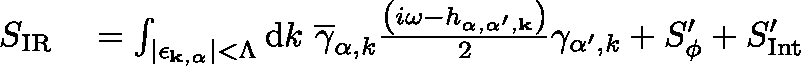
\begin{array} { r l } { S _ { \mathrm { { I R } } } } & { { } = \int _ { \left| \mathbf { \epsilon _ { { k } , \alpha } } \right| < \Lambda } \mathrm { d } { k } \ \overline { { \gamma } } _ { \alpha , { k } } \frac { \left( i \omega - h _ { \alpha , \alpha ^ { \prime } , \mathbf { k } } \right) } { 2 } \gamma _ { \alpha ^ { \prime } , { k } } + S _ { \phi } ^ { \prime } + S _ { \mathrm { { I n t } } } ^ { \prime } } \end{array}